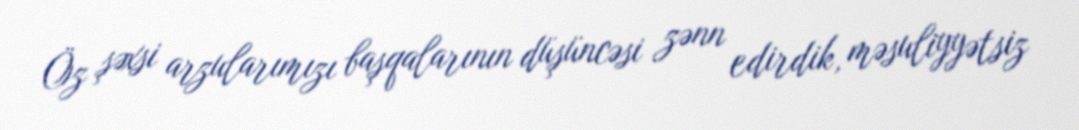
Öz şəxsi arzularımızı başqalarının düşüncəsi zənn edirdik, məsuliyyətsiz